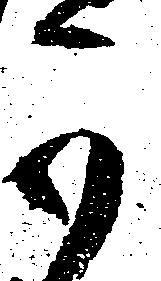
可